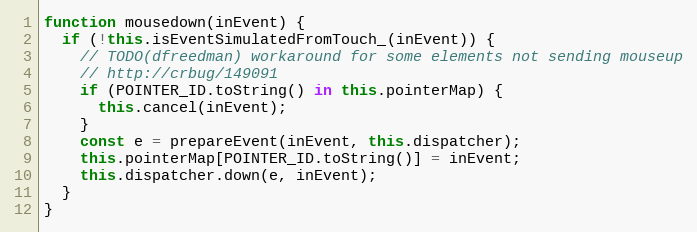
Language: JavaScript
function mousedown(inEvent) {
  if (!this.isEventSimulatedFromTouch_(inEvent)) {
    // TODO(dfreedman) workaround for some elements not sending mouseup
    // http://crbug/149091
    if (POINTER_ID.toString() in this.pointerMap) {
      this.cancel(inEvent);
    }
    const e = prepareEvent(inEvent, this.dispatcher);
    this.pointerMap[POINTER_ID.toString()] = inEvent;
    this.dispatcher.down(e, inEvent);
  }
}